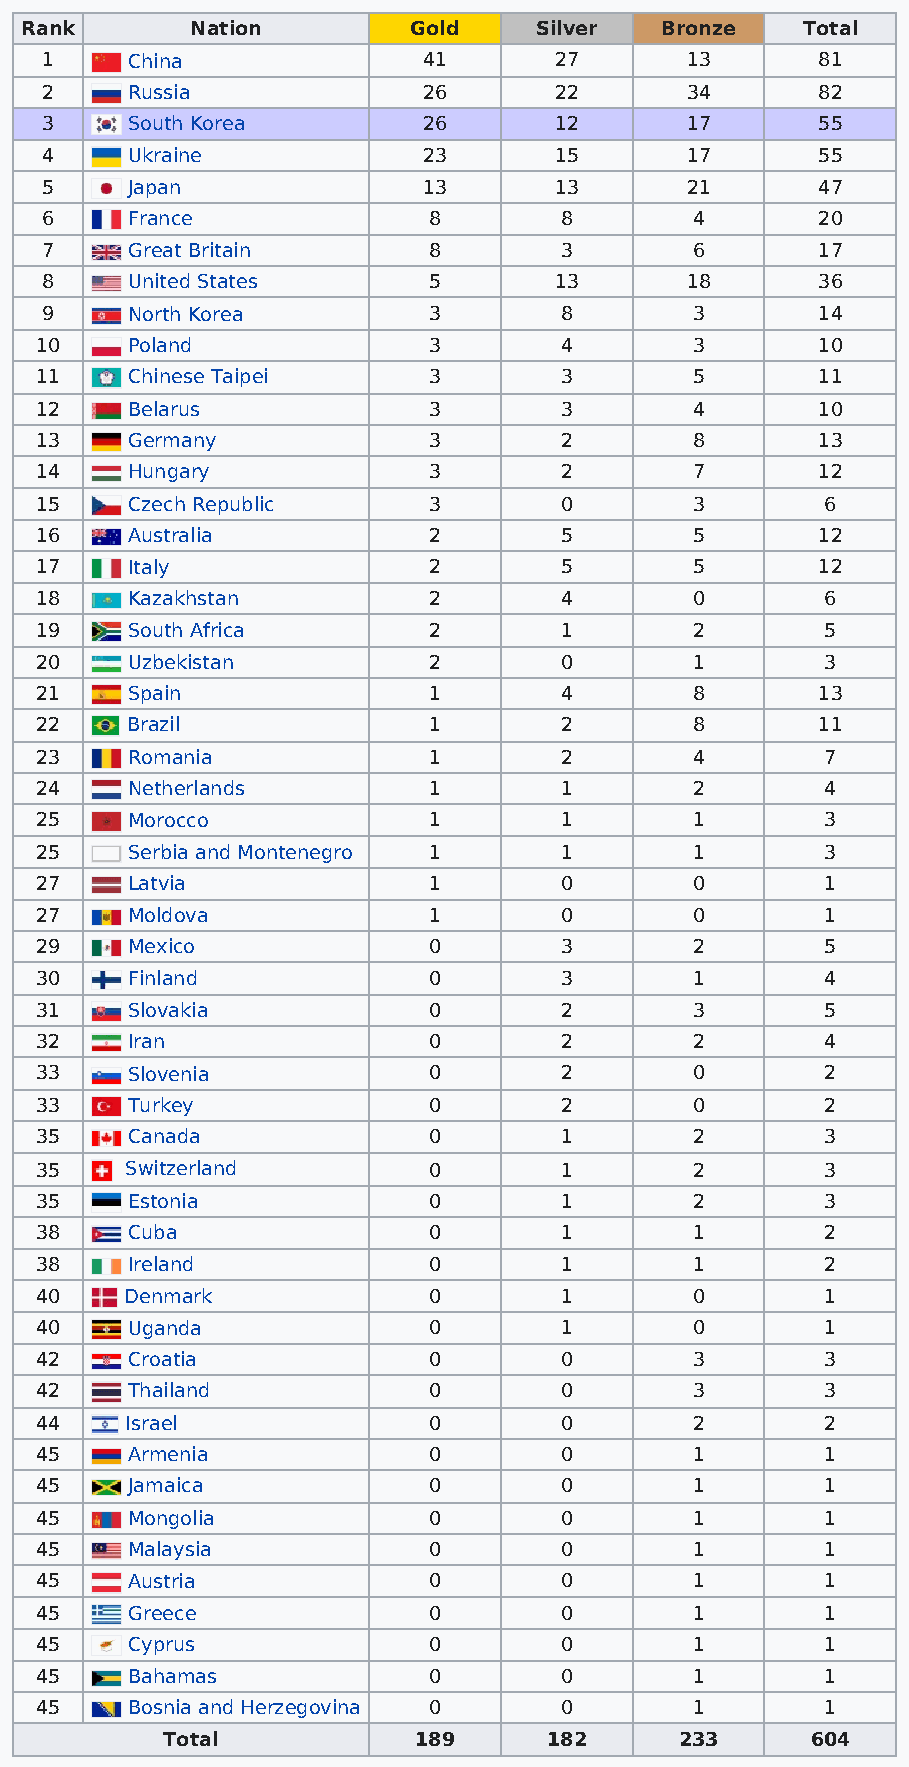
Rank        Nation        Gold    Silver   Bronze   Total
 1    China               41       27      13       81
 2    Russia              26       22      34       82
 3    South Korea         26       12      17       55
 4    Ukraine             23       15      17       55
 5    Japan               13       13      21       47
 6    France              8        8        4       20
 7    Great Britain       8        3        6       17
 8    United States       5        13      18       36
 9    North Korea         3        8        3       14
 10    Poland              3        4        3       10
 11    Chinese Taipei      3        3        5       11
 12    Belarus             3        3        4       10
 13    Germany             3        2        8       13
 14    Hungary             3        2        7       12
 15    Czech Republic      3        0        3        6
 16    Australia           2        5        5       12
 17    Italy               2        5        5       12
 18    Kazakhstan          2        4        0        6
 19    South Africa        2        1        2        5
 20    Uzbekistan          2        0        1        3
 21    Spain               1        4        8       13
 22    Brazil              1        2        8       11
 23    Romania             1        2        4        7
 24    Netherlands         1        1        2        4
 25    Morocco             1        1        1        3
 25    Serbia and Montenegro 1      1        1        3
 27    Latvia              1        0        0        1
 27    Moldova             1        0        0        1
 29    Mexico              0        3        2        5
 30    Finland             0        3        1        4
 31    Slovakia            0        2        3        5
 32    Iran                0        2        2        4
 33    Slovenia            0        2        0        2
 33    Turkey              0        2        0        2
 35    Canada              0        1        2        3
 35    Switzerland         0        1        2        3
 35    Estonia             0        1        2        3
 38    Cuba                0        1        1        2
 38    Ireland             0        1        1        2
 40    Denmark             0        1        0        1
 40    Uganda              0        1        0        1
 42    Croatia             0        0        3        3
 42    Thailand            0        0        3        3
 44    Israel              0        0        2        2
 45    Armenia             0        0        1        1
 45    Jamaica             0        0        1        1
 45    Mongolia            0        0        1        1
 45    Malaysia            0        0        1        1
 45    Austria             0        0        1        1
 45    Greece              0        0        1        1
 45    Cyprus              0        0        1        1
 45    Bahamas             0        0        1        1
 45    Bosnia and Herzegovina 0     0        1        1
 Total           189      182      233      604